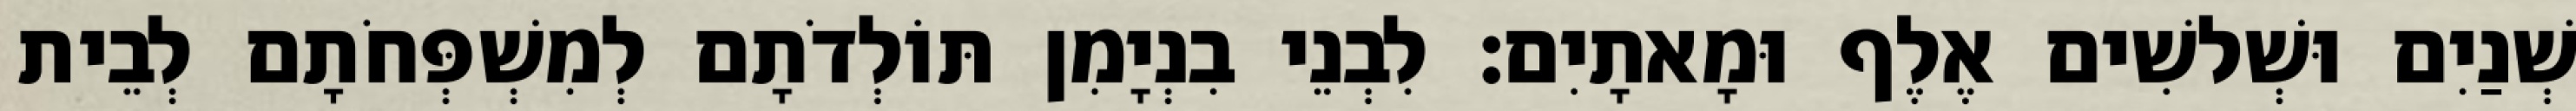
שְׁנַיִם וּשְׁלשִׁים אֶלֶף וּמָאתָיִם׃ לִבְנֵי בִנְיָמִן תּוֹלְדֹתָם לְמִשְׁפְּחֹתָם לְבֵית